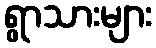
ရွာသားများ